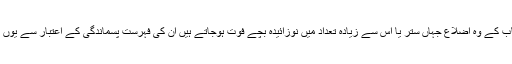
پنجاب کے وہ اضلاع جہاں ستر یا اس سے زیادہ تعداد میں نوزائیدہ بچے فوت ہوجاتے ہیں ان کی فہرست پسماندگی کے اعتبار سے یوں ہے۔